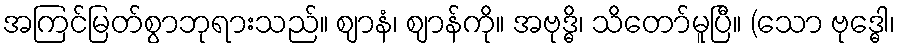
အကြင်မြတ်စွာဘုရားသည်။ ဈာနံ၊ ဈာန်ကို။ အဗုဒ္ဓိ၊ သိတော်မူပြီ။ (သော ဗုဒ္ဓေါ၊